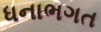
ધનાભગત